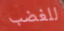
للغضب